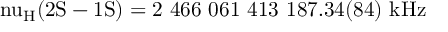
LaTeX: \mathrm { { \Delta \ n u _ { H } ( 2 S - 1 S ) = 2 ~ 4 6 6 ~ 0 6 1 ~ 4 1 3 ~ 1 8 7 . 3 4 ( 8 4 ) ~ k H z } }